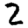
Digit: 2